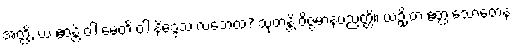
အတ္ထိ, ယံ ဧဝန္တိ ဝါ မေတိ ဝါ နိဒ္ဒေသံ လဘေထ? သုတန္တိ ဝိဇ္ဇမာနပညတ္တိ။ ယဉှိ တံ ဧတ္ထ သောတေန